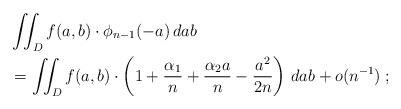
LaTeX: \begin{align*} &\iint_D f(a, b) \cdot \phi_{n-1}(-a) \, dab \\ & = \iint_D f(a, b) \cdot \left(1 + \frac{\alpha_1}{n} + \frac{\alpha_2a}{n} - \frac{a^2}{2n}\right) \, dab + o(n^{-1}) \; ; \end{align*}